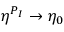
\eta ^ { P _ { I } } \to \eta _ { 0 }